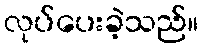
လုပ်ပေးခဲ့သည်။